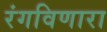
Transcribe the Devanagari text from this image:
रंगविणारा